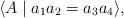
LaTeX: \begin{align*}\langle A \mid a_1a_2 = a_3a_4\rangle,\end{align*}